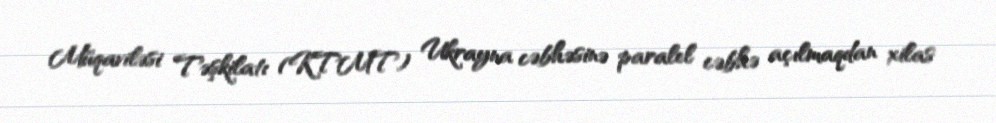
Müqaviləsi Təşkilatı (KTMT) Ukrayna cəbhəsinə paralel cəbhə açılmaqdan xilas